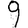
Digit: 9